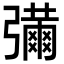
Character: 𢐶